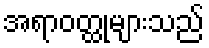
အရာဝတ္ထုများသည်